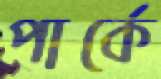
পার্কে